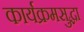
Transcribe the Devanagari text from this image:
कार्यक्रमसुद्धा